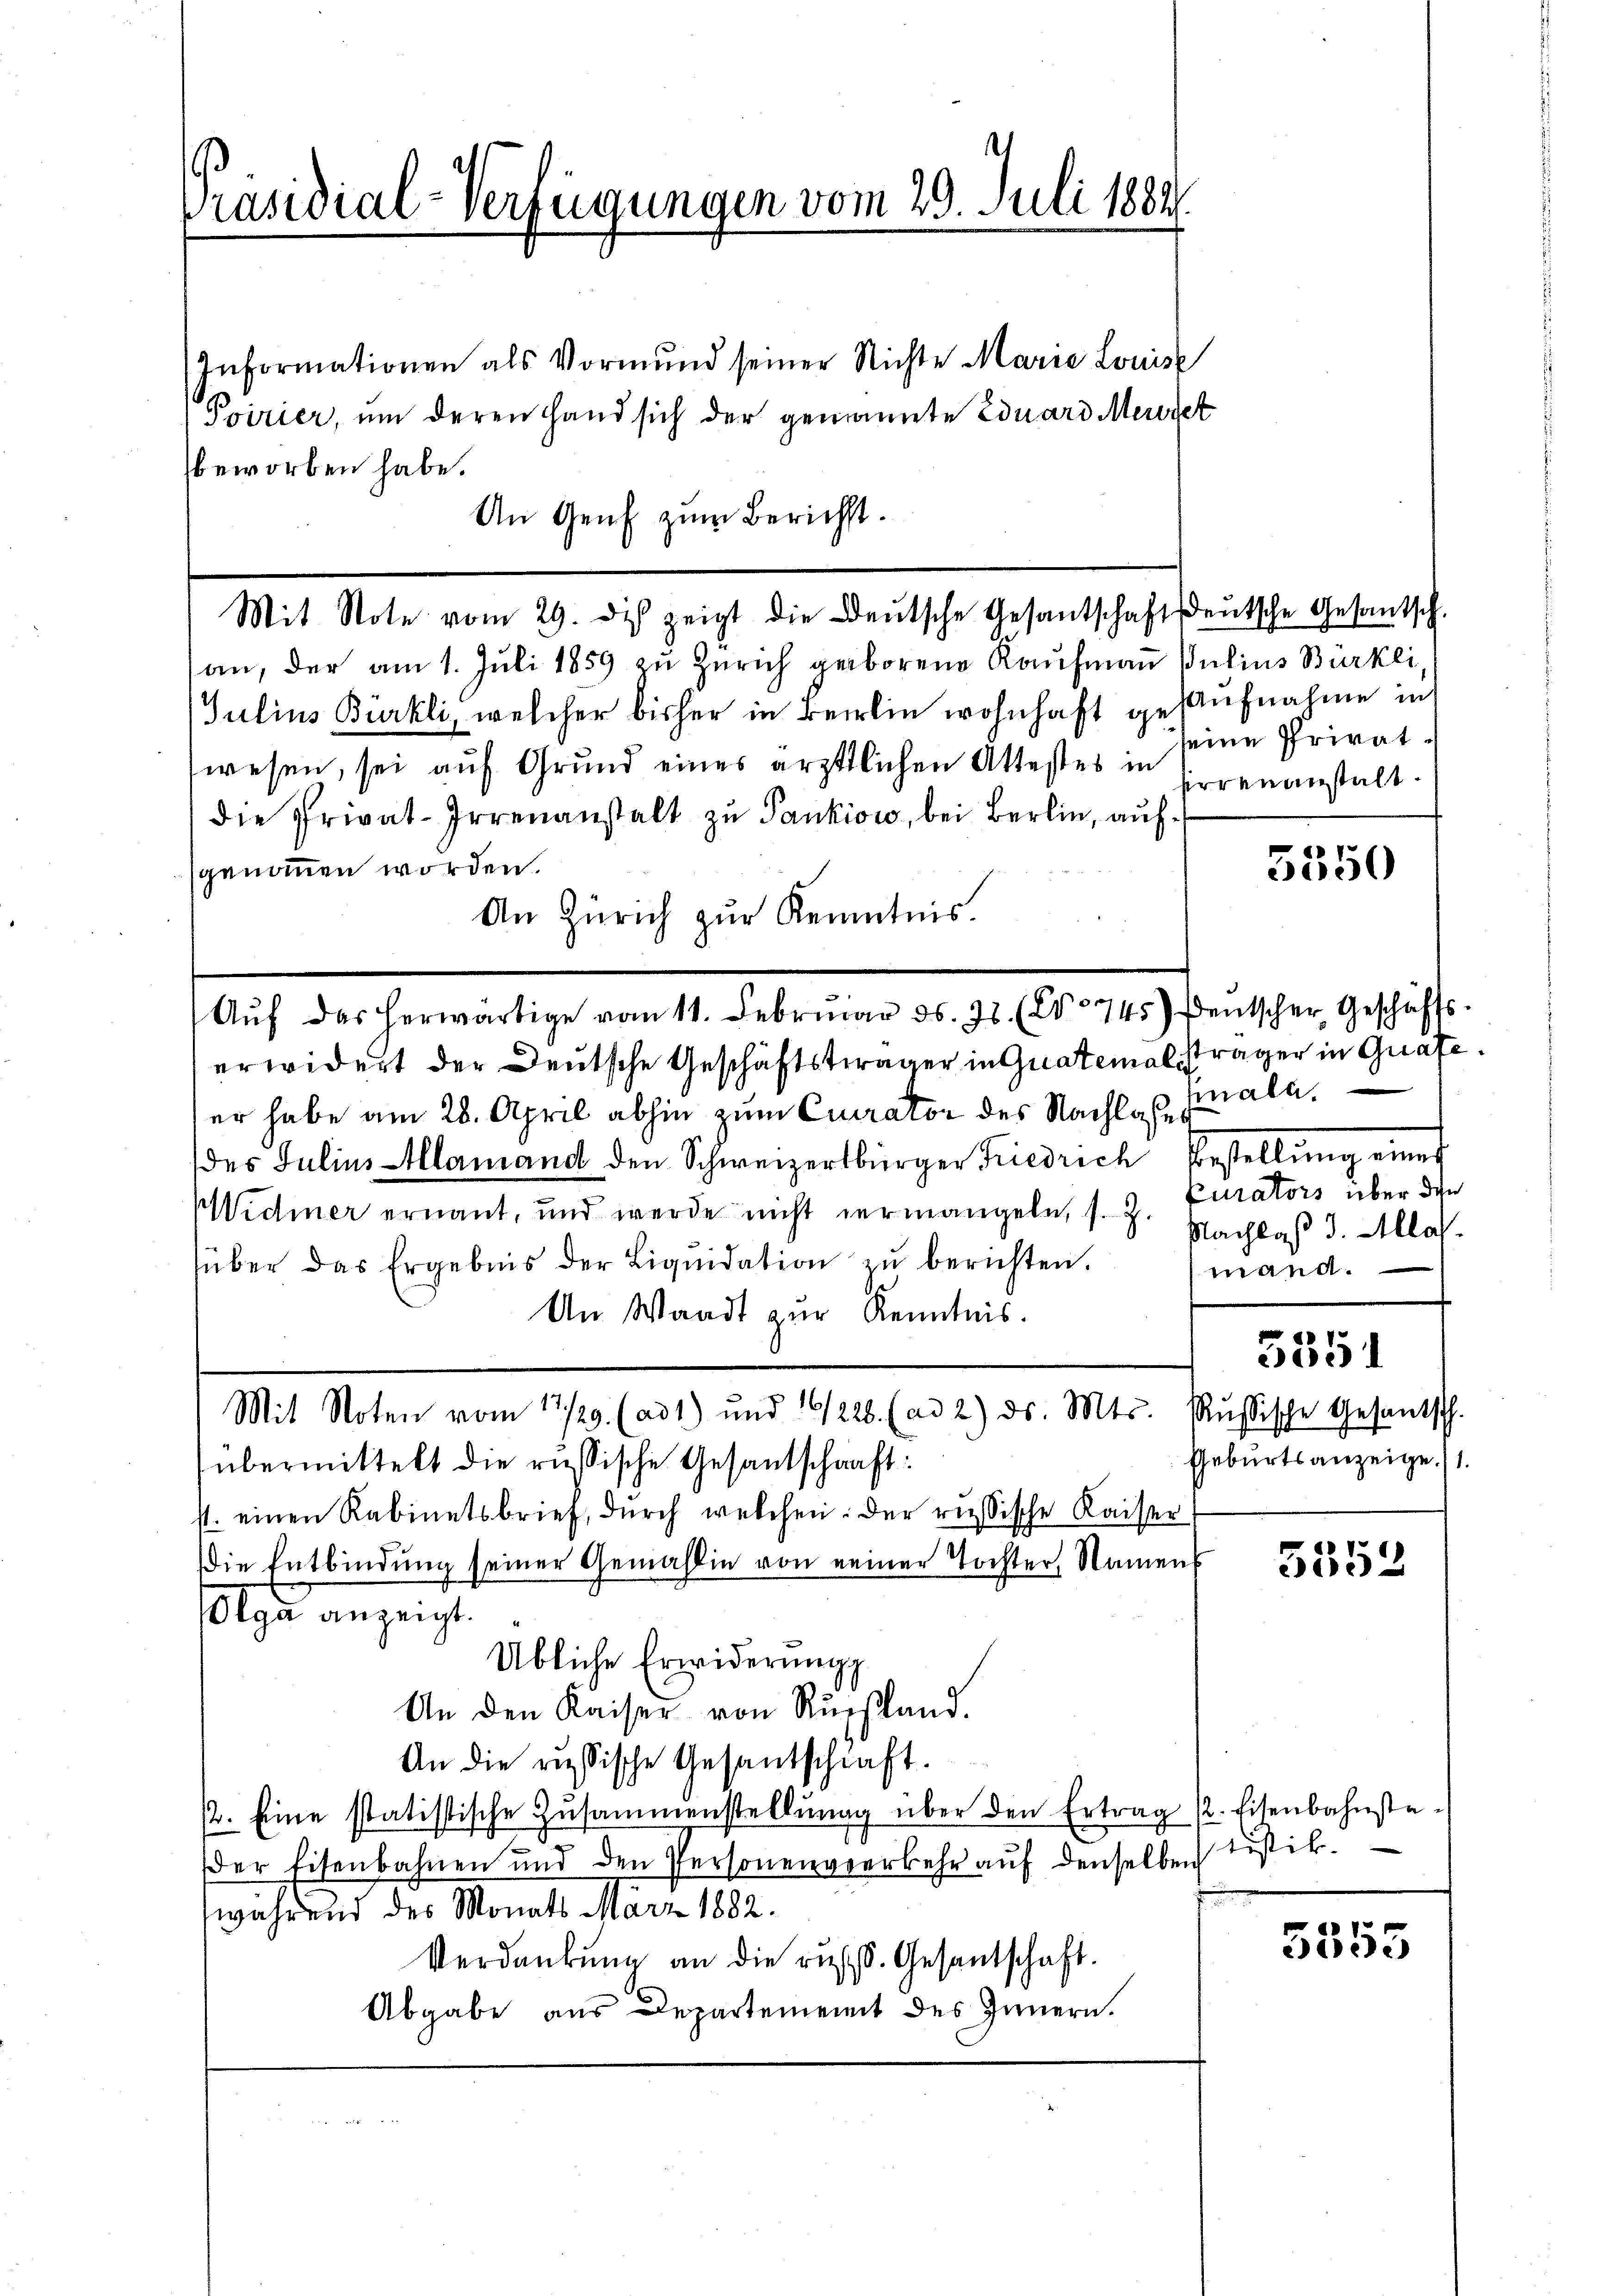
Präsidial-Verfügungen vom 29. Juli 1884

Informationen als Vormund seiner Nichte Marie Louise
Poirier, um deren Hand sich der genannte Eduard Merset
beworben habe.
An Genf zum Bericht.

an, der am 1. Juli 1859 zu Zürich geborene Kaŭfmaṅ Julius Bürkli,
Julius Bürkli, welcher bisher in Berlin wohnhaft gesaufnahme in
wesen, sei aŭf Grund eines ärztlichen Attestes in Errenanstalt.
die Privat-Irrenanstalt zu Pankiow, bei Berlin, aufgenommen worden.
An Zürich zŭr Kenntnis.
Aŭf das herwärtige vom 11. Februar 36. 78. (Co 745) Deutscher Geschäfts-
erwidert der Deutsche Geschäftsträger in Guatemal, Frager in Grafe.
er habe am 28. April abhin zum Curator des Nachlaß all
des Julius-Klamand den Schweizerbürger Friedrich Bestellung eines
Widmer ernannt, und werde nicht vermangeln, s. g. Nachlaß d. Ala
über das Ergebnis der Liqŭidation zŭ berichten.
An Waadt zur Kenntnis.
Mit Noten vom 17./29. (ad 1) und 16/228. (ad 2) ds. Mts. Russische Gesantsch.
übermittelt die russische Gesantschaft:
st. einen Kabinetsbrief, durch welchen. Der resische Kaiser
die Entbindung seiner Gemässin von einer Tochter, Namen
Olga anzeigt.
Übliche Erwiderung
An den Kaiser von Russland.
An die russische Gesantschaft.
2. Eine statistische Zusammenstellŭng über den Ertrag 1. Eisenbahnsta-
er Eisenbahnen und den Personenverkehr aŭf denselben Justik.
während des Monats März 1882.
Verdankŭng an die russ. Gesantschaft.
Abgabe aus Departement des Innern.

Mit Stote vom 29. des zeigt die Deutsche Gesantschaftsdeutsche Gesamtsch.

seine Privat¬

5550

Curators über die
mand.

5351

Geburtsanzeige. 1.

5352

5355